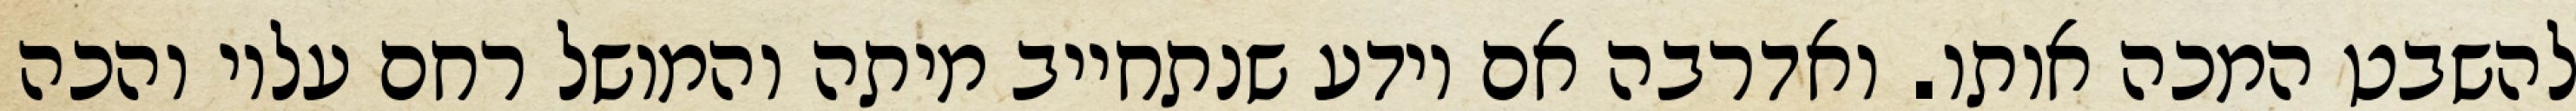
להשבט המכה אותו. ואדרבה אם יודע שנתחייב מיתה והמושל רחם עליו והכה